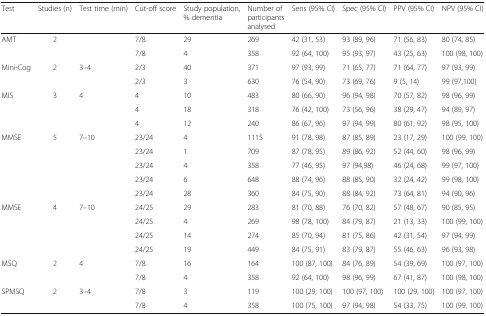
<table><thead><tr><td><b>Test</b></td><td><b>Studies (n)</b></td><td><b>Test time (min)</b></td><td><b>Cut-off score</b></td><td><b>Study population, % dementia</b></td><td><b>Number of participants analysed</b></td><td><b>Sens (95% CI)</b></td><td><b>Spec (95% CI)</b></td><td><b>PPV (95% CI)</b></td><td><b>NPV (95% CI)</b></td></tr></thead><tbody><tr><td rowspan="2">AMT</td><td>2</td><td></td><td>7/8</td><td>29</td><td>269</td><td>42 (31, 53)</td><td>93 (89, 96)</td><td>71 (56, 83)</td><td>80 (74, 85)</td></tr><tr><td></td><td></td><td>7/8</td><td>4</td><td>358</td><td>92 (64, 100)</td><td>95 (93, 97)</td><td>43 (25, 63)</td><td>100 (98, 100)</td></tr><tr><td rowspan="2">Mini-Cog</td><td>2</td><td>3–4</td><td>2/3</td><td>40</td><td>371</td><td>97 (93, 99)</td><td>71 (65, 77)</td><td>71 (64, 77)</td><td>97 (93, 99)</td></tr><tr><td></td><td></td><td>2/3</td><td>3</td><td>630</td><td>76 (54, 90)</td><td>73 (69, 76)</td><td>9 (5, 14)</td><td>99 (97,100)</td></tr><tr><td rowspan="3">MIS</td><td>3</td><td>4</td><td>4</td><td>10</td><td>483</td><td>80 (66, 90)</td><td>96 (94, 98)</td><td>70 (57, 82)</td><td>98 (96, 99)</td></tr><tr><td></td><td></td><td>4</td><td>18</td><td>318</td><td>76 (42, 100)</td><td>73 (56, 96)</td><td>38 (29, 47)</td><td>94 (89, 97)</td></tr><tr><td></td><td></td><td>4</td><td>12</td><td>240</td><td>86 (67, 96)</td><td>97 (94, 99)</td><td>80 (61, 92)</td><td>98 (95, 100)</td></tr><tr><td rowspan="5">MMSE</td><td>5</td><td>7–10</td><td>23/24</td><td>4</td><td>1115</td><td>91 (78, 98)</td><td>87 (85, 89)</td><td>23 (17, 29)</td><td>100 (99, 100)</td></tr><tr><td></td><td></td><td>23/24</td><td>1</td><td>709</td><td>87 (78, 95)</td><td>89 (86, 92)</td><td>52 (44, 60)</td><td>98 (96, 99)</td></tr><tr><td></td><td></td><td>23/24</td><td>4</td><td>358</td><td>77 (46, 95)</td><td>97 (94,98)</td><td>46 (24, 68)</td><td>99 (97, 100)</td></tr><tr><td></td><td></td><td>23/24</td><td>6</td><td>648</td><td>88 (74, 96)</td><td>88 (85, 90)</td><td>32 (24, 42)</td><td>99 (98, 100)</td></tr><tr><td></td><td></td><td>23/24</td><td>28</td><td>360</td><td>84 (75, 90)</td><td>88 (84, 92)</td><td>73 (64, 81)</td><td>94 (90, 96)</td></tr><tr><td rowspan="4">MMSE</td><td>4</td><td>7–10</td><td>24/25</td><td>29</td><td>283</td><td>81 (70, 88)</td><td>76 (70, 82)</td><td>57 (48, 67)</td><td>90 (85, 95)</td></tr><tr><td></td><td></td><td>24/25</td><td>4</td><td>269</td><td>98 (78, 100)</td><td>84 (79, 87)</td><td>21 (13, 33)</td><td>100 (99, 100)</td></tr><tr><td></td><td></td><td>24/25</td><td>14</td><td>274</td><td>85 (70, 94)</td><td>81 (75, 86)</td><td>42 (31, 54)</td><td>97 (94, 99)</td></tr><tr><td></td><td></td><td>24/25</td><td>19</td><td>449</td><td>84 (75, 91)</td><td>83 (79, 87)</td><td>55 (46, 63)</td><td>96 (93, 98)</td></tr><tr><td rowspan="2">MSQ</td><td>2</td><td>4</td><td>7/8</td><td>16</td><td>164</td><td>100 (87, 100)</td><td>84 (76, 89)</td><td>54 (39, 69)</td><td>100 (97, 100)</td></tr><tr><td></td><td></td><td>7/8</td><td>4</td><td>358</td><td>92 (64, 100)</td><td>98 (96, 99)</td><td>67 (41, 87)</td><td>100 (98, 100)</td></tr><tr><td>SPMSQ</td><td>2</td><td>3–4</td><td>7/8</td><td>3</td><td>119</td><td>100 (29, 100)</td><td>100 (97, 100)</td><td>100 (29, 100)</td><td>100 (97, 100)</td></tr><tr><td></td><td></td><td></td><td>7/8</td><td>4</td><td>358</td><td>100 (75, 100)</td><td>97 (94, 98)</td><td>54 (33, 75)</td><td>100 (99, 100)</td></tr></tbody></table>